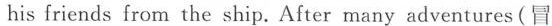
his friends from the ship. After many adventures(冒